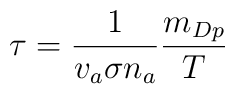
\tau = \frac{1}{v_a \sigma n_a} \frac{m_{Dp}}{T}